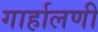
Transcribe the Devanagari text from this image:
गार्हालणी